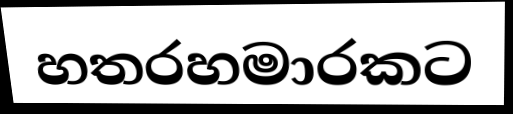
හතරහමාරකට